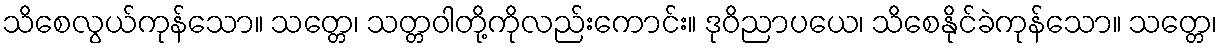
သိစေလွယ်ကုန်သော။ သတ္တေ၊ သတ္တဝါတို့ကိုလည်းကောင်း။ ဒုဝိညာပယေ၊ သိစေနိုင်ခဲကုန်သော။ သတ္တေ၊